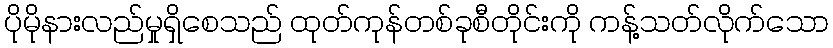
ပိုမိုနားလည်မှုရှိစေသည် ထုတ်ကုန်တစ်ခုစီတိုင်းကို ကန့်သတ်လိုက်သော